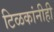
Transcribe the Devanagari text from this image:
टिळकांनीही